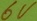
Text: 6V